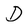
Character: D